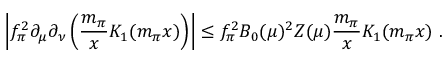
\left| f _ { \pi } ^ { 2 } \partial _ { \mu } \partial _ { \nu } \left( { \frac { m _ { \pi } } { x } } K _ { 1 } ( m _ { \pi } x ) \right) \right| \leq f _ { \pi } ^ { 2 } B _ { 0 } ( \mu ) ^ { 2 } Z ( \mu ) { \frac { m _ { \pi } } { x } } K _ { 1 } ( m _ { \pi } x ) \ .